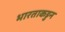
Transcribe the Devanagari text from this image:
भारताकडुन